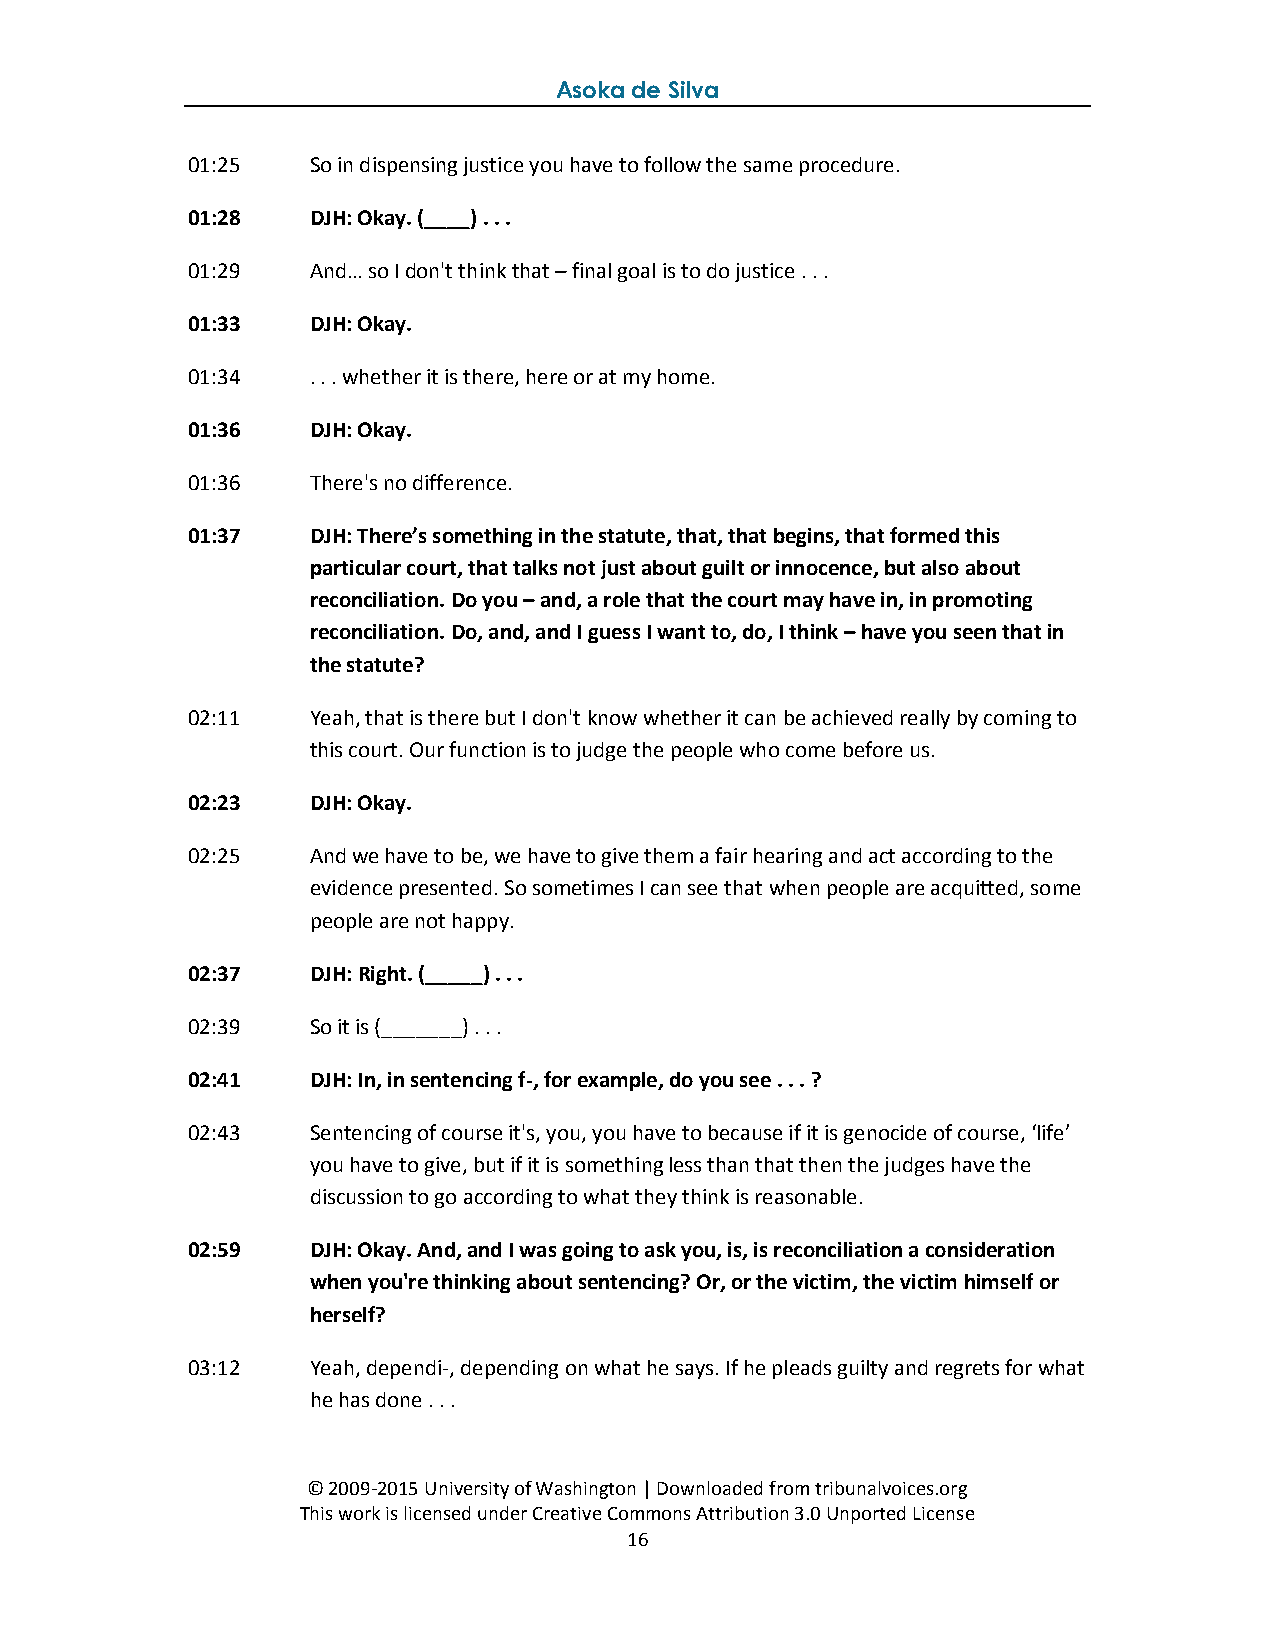
Asoka de Silva
 01:25   So in dispensing justice you have to follow the same procedure.
 01:28   DJH: Okay. (____) . . .
 01:29   And… so I don't think that – final goal is to do justice . . .
 01:33   DJH: Okay.
 01:34   . . . whether it is there, here or at my home.
 01:36   DJH: Okay.
 01:36   There's no difference.
 01:37   DJH: There’s something in the statute, that, that begins, that formed this
 particular court, that talks not just about guilt or innocence, but also about
 reconciliation. Do you – and, a role that the court may have in, in promoting
 reconciliation. Do, and, and I guess I want to, do, I think – have you seen that in
 the statute?
 02:11   Yeah, that is there but I don't know whether it can be achieved really by coming to
 this court. Our function is to judge the people who come before us.
 02:23   DJH: Okay.
 02:25   And we have to be, we have to give them a fair hearing and act according to the
 evidence presented. So sometimes I can see that when people are acquitted, some
 people are not happy.
 02:37   DJH: Right. (_____) . . .
 02:39   So it is (_______) . . .
 02:41   DJH: In, in sentencing f-, for example, do you see . . . ?
 02:43   Sentencing of course it's, you, you have to because if it is genocide of course, ‘life’
 you have to give, but if it is something less than that then the judges have the
 discussion to go according to what they think is reasonable.
 02:59   DJH: Okay. And, and I was going to ask you, is, is reconciliation a consideration
 when you're thinking about sentencing? Or, or the victim, the victim himself or
 herself?
 03:12   Yeah, dependi-, depending on what he says. If he pleads guilty and regrets for what
 he has done . . .
 © 2009-2015 University of Washington | Downloaded from tribunalvoices.org
 This work is licensed under Creative Commons Attribution 3.0 Unported License
 16